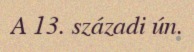
A 13. századi ún.